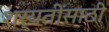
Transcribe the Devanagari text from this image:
शर्यतींसाठी